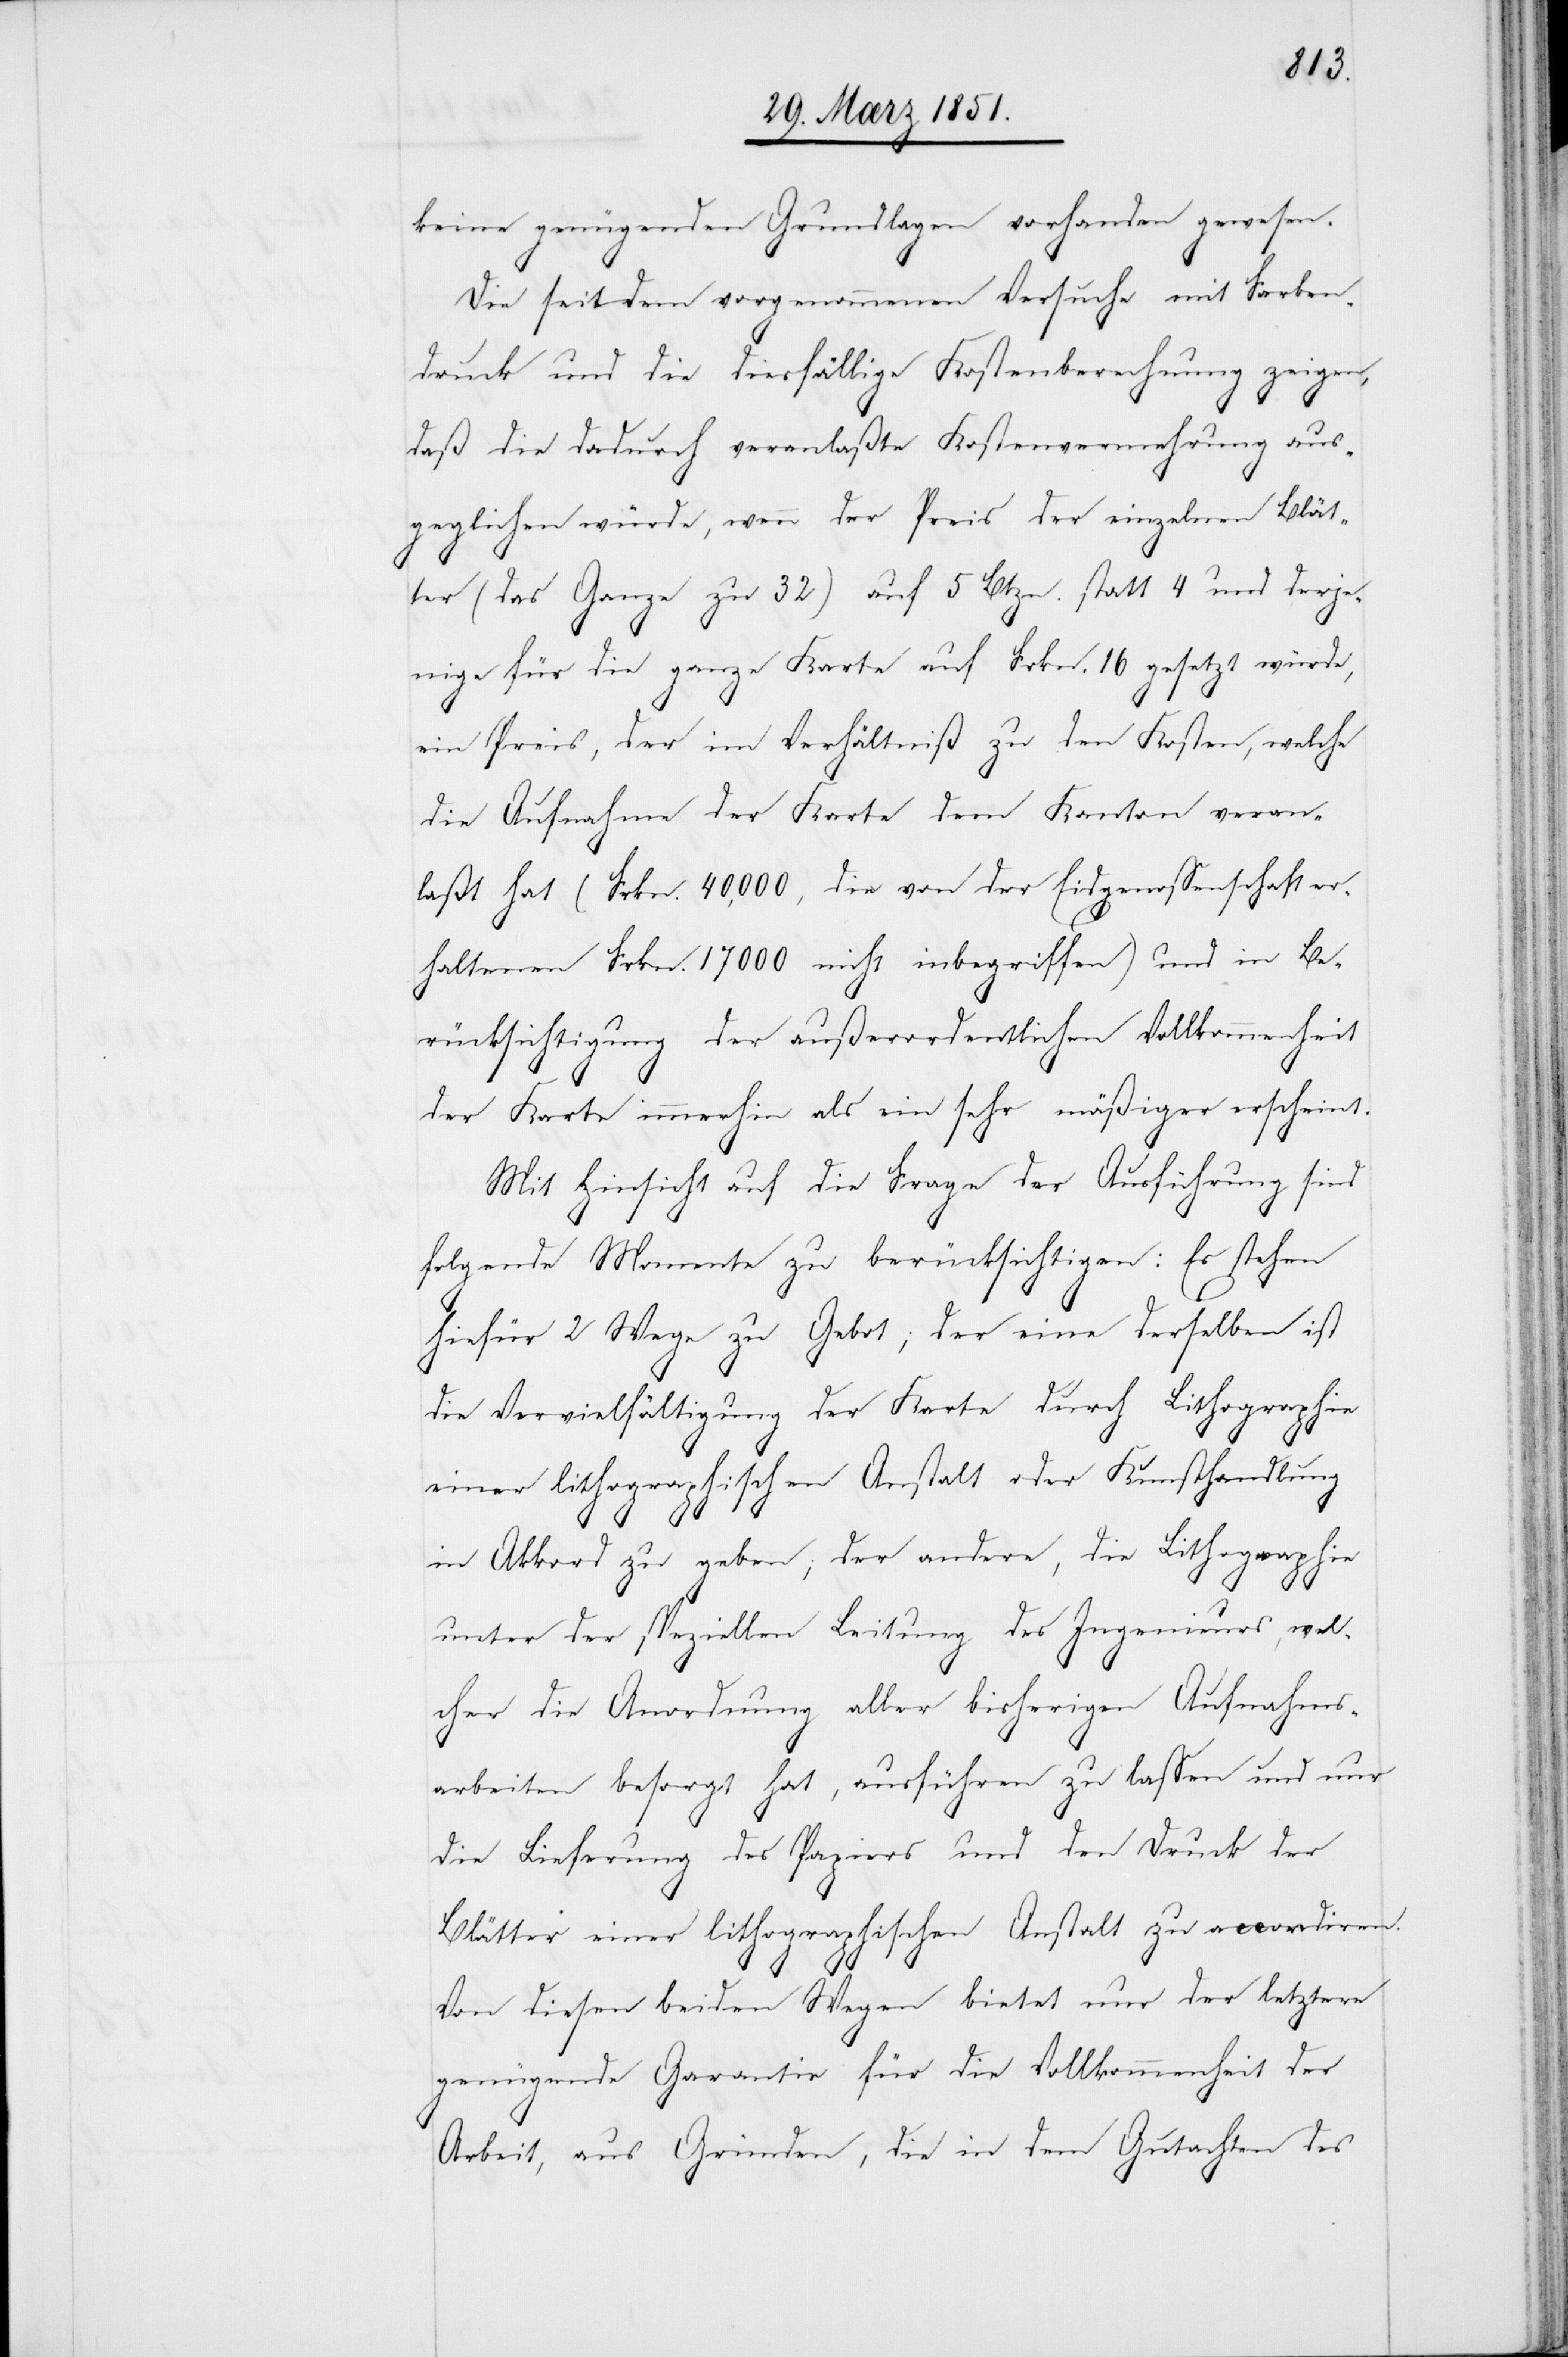
keine genügenden Grundlagen vorhanden gewesen.
Die seitdem vorgenommenen Versuche mit Farben¬
druck und die diesfällige Kostenberechnung zeigen,
daß die dadurch veranlaßte Kostenvermehrung aus¬
geglichen würde, wenn der Preis der einzelnen Blät¬
ter (das Ganze zu 32) auf 5 Btzn. statt 4 und derje¬
nige für die ganze Karte auf Frkn. 16 gesetzt würde,
ein Preis, der im Verhältniß zu den Kosten, welche
die Aufnahme der Karte dem Kanton veran¬
laßt hat (Frkn. 40,000, die von der Eidgenossenschaft er¬
haltenen Frkn. 17000 nicht inbegriffen) und in Be¬
rücksichtigung der außerordentlichen Vollkommenheit
der Karte immerhin als ein sehr mäßiger erscheint.
Mit Hinsicht auf die Frage der Ausführung sind
folgende Momente zu berücksichtigen: Es stehen
hiefür 2 Wege zu Gebot; der eine derselben ist
die Vervielfältigung der Karte durch Lithographie
einer lithographischen Anstalt oder Kunsthandlung
in Akkord zu geben; der andere, die Lithographie
unter der speziellen Leitung des Ingenieurs, wel¬
cher die Anordnung aller bisherigen Aufnahms¬
arbeiten besorgt hat, ausführen zu lassen und nur
die Lieferung des Papiers und den Druck der
Blätter einer lithographischen Anstalt zu accordiren.
Von diesen beiden Wegen bietet nur der letztere
genügende Garantie für die Vollkommenheit der
Arbeit, aus Gründen, die in dem Gutachten des